Scientific memoirs by medical officers of the Army of India - Part VII,
Year: 1892
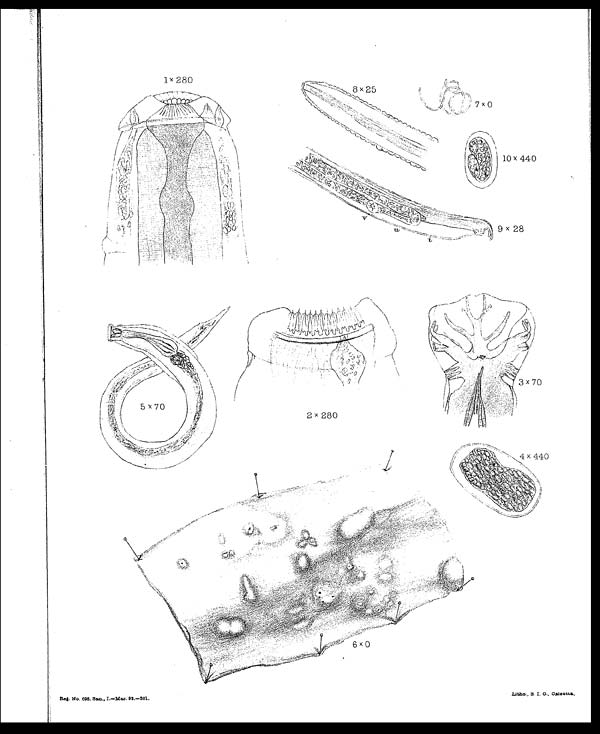
Reg. No. 698, San., I .– Mar. 92.–301.
Litho., S. I. O., Calcutta.